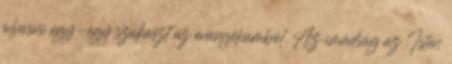
olvasni egy-egy szakaszt az evangéliumból. Az imádság az Isten